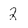
Character: 2